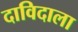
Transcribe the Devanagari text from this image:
दाविदाला